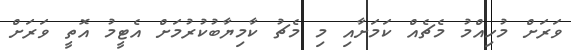
ވަރަށް މުހިއްމު މެޗެއް ކަމަށާއި މި މެޗު ކާމިޔާބުކުރުމަށް އެޓީމު އޮތީ ވަރަށް